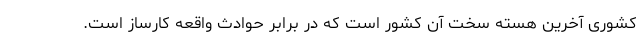
کشوری آخرین هسته سخت آن کشور است که در برابر حوادث واقعه کارساز است.